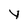
Character: Y